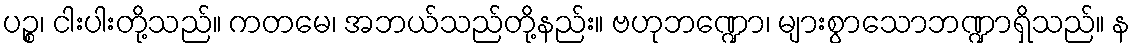
ပဉ္စ၊ ငါးပါးတို့သည်။ ကတမေ၊ အဘယ်သည်တို့နည်း။ ဗဟုဘဏ္ဍော၊ များစွာသောဘဏ္ဍာရှိသည်။ န